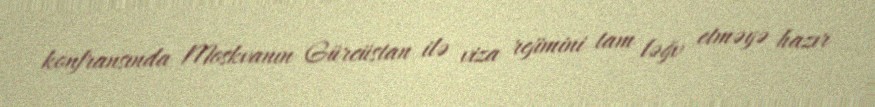
konfransında Moskvanın Gürcüstan ilə viza rejimini tam ləğv etməyə hazır